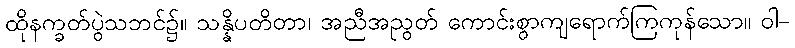
ထိုနက္ခတ်ပွဲသဘင်၌။ သန္နိပတိတာ၊ အညီအညွတ် ကောင်းစွာကျရောက်ကြကုန်သော။ ဝါ-